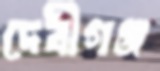
দেবীগঞ্জ